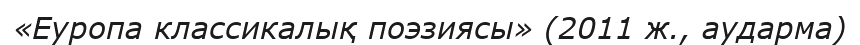
«Еуропа классикалық поэзиясы» (2011 ж., аударма)